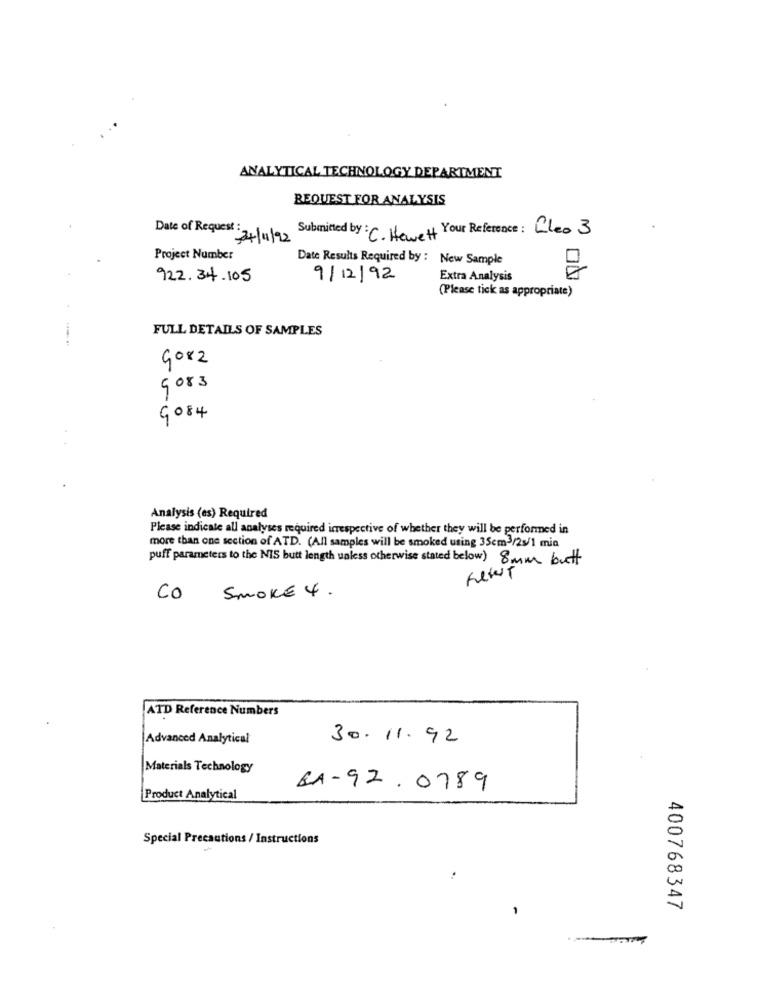
ANALYTICAL TECHNOLOGY DEPARTMENT
REQUEST FOR ANALYSIS
Date of Request :
Submitted by: C. Howett Your Reference: Cleo 3
24/1/22
Project Number
Date Results Required by : New Sample
922.34.105
9/12/92
Extra Analysis
(Please tick as appropriate)
FULL DETAILS OF SAMPLES
9082
9083
9084
Analysis (es) Required
Please indicate all analyses required irrespective of whether they will be performed in
more than one section of ATD. (All samples will be smoked using 35cm3/25/1 mia
puff parameters to the MIS butt length unless otherwise stated below) 8 mm butt
-
Co
SMOKE 4 .
ATD Reference Numbers
Advanced Analytical
30.11.92
Materials Technology
BA-92. 0789
Product Analytical
Special Precautions / Instructions
400768347